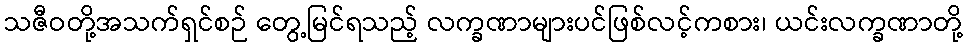
သဇီဝတို့အသက်ရှင်စဉ် တွေ့မြင်ရသည့် လက္ခဏာများပင်ဖြစ်လင့်ကစား၊ ယင်းလက္ခဏာတို့